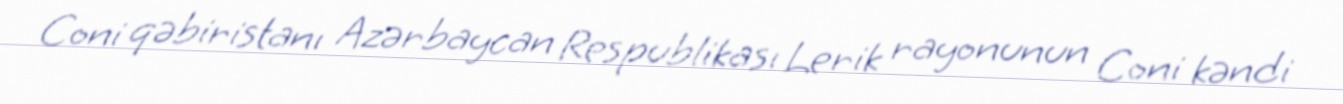
Coni qəbiristanı Azərbaycan Respublikası Lerik rayonunun Coni kəndi